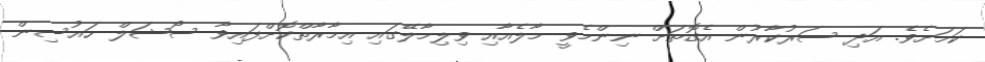
ކަަމަށެވެ. އަދި ސަރުކާރުން އެގޮތަށް ނިންމެވީ މާލެއާއި ވިލިމާލޭގައި އިމާރާތްކޮށްފައިވާ ސޯޝަލް ހައުސިން